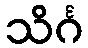
သိင်္ဂ